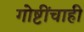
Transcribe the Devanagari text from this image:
गोष्टींचाही